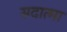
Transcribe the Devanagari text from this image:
सदात्मा